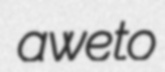
aweto